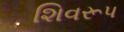
શિવરૂપ